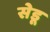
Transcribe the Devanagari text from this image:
सेडू